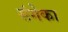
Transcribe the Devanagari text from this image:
संगेका